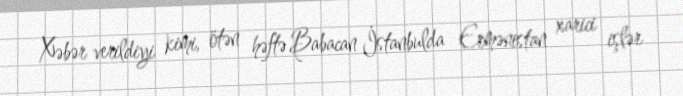
Xəbər verildiyi kimi, ötən həftə Babacan İstanbulda Ermənistan xarici işlər